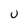
Character: U